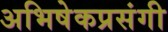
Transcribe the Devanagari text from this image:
अभिषेकप्रसंगी